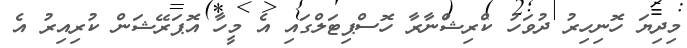
މިދިޔަ ހޮނިހިރު ދުވަހު ކްރިޝްނާރާ ހޮސްޕިޓަލްގައި އެ މީހާ އޮޕަރޭޝަން ކުރިއިރު އެ